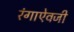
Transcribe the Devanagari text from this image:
रंगाऐवजी